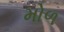
મોળ